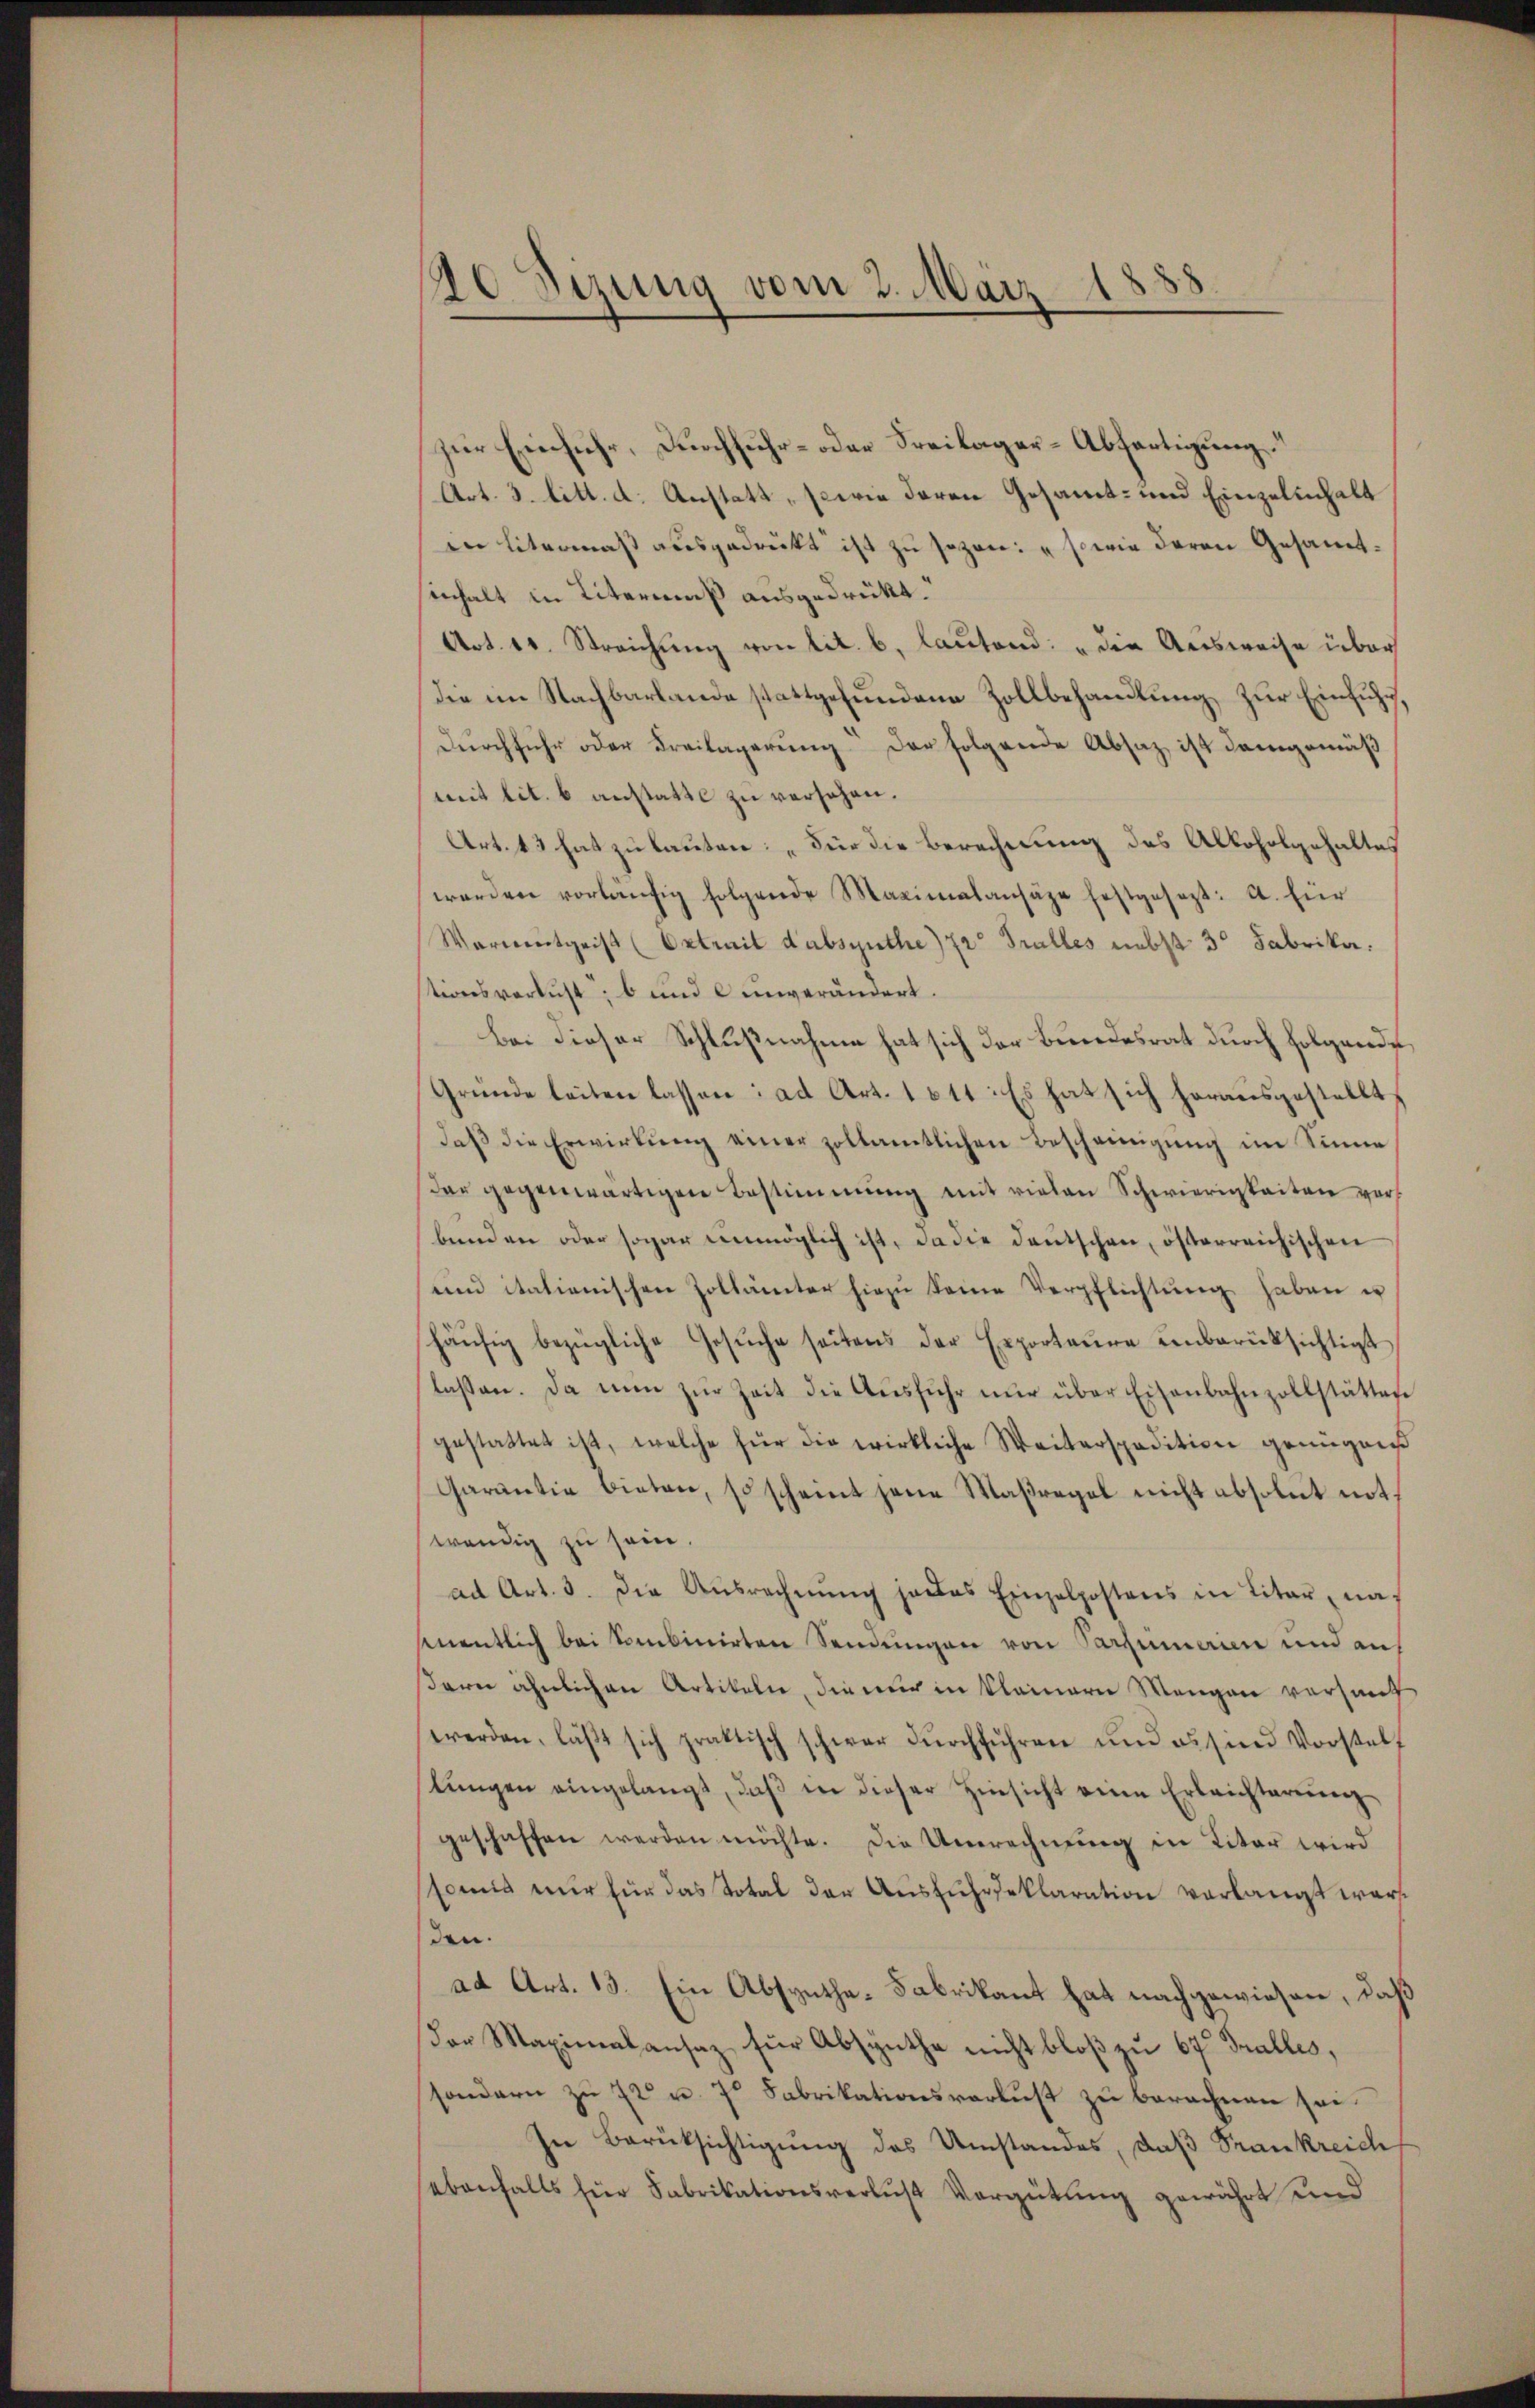
10 Sizung vom 2. März 1888
.

zur Einfuhr, Durchfuhr- oder Freilager-Abfertigung
Art. 3. litt. d. Anstatt, sowie deren Gesammt- und Einzelinhalt
in Litermaß ausgedrückt ist zu sezen: "sowie deren Gesammtsinhalt in Litermaß ausgedrükt.“
Art. 10. Streichung von lit. b, lautend: „die Ausweise über
Die im Nachbarlande stattgefundene Zollbehandlung zur Einfuhr,
Durchfuhr oder Freilagerung der folgende Absatz ist demgemäß
mit lit. 6 anstatte zu versehen.
Art. 13 hat zu lauten: „Für die Berechnung des Alloholgehaltes
werden vorläŭfig folgende Maximalansähe festgesezt: 2. für
Warnentgeist (Extrait dabsynthe) zr. Tralles nebst 3 Fabrika.
stionsverlust; b und unverändert.
bei dieser Schlußnahme hat sich der Bundesrat durch folgende
Gründe leiten lassen: ad Art. 1611: Es hat sich herausgestellt,
daβ die Erwirkŭng einer zollamtlichen Bescheinigung im Sinne
dar gegenwärtigen Bestimmung mit vielen Schwierigkeiten vorbunden oder sogar unmöglich ist, da die deutschen, österreichischen
uind italienischen Zollämter hiezu keine Verpflichtung haben u
häŭfig bezügliche Gesŭche seitens der Exporteŭre einberücksichtigt
lassen. Da nun zŭr Zeit die Aŭsführ nŭr über Eisenbahnzollstättes
gestattet ist, welche für die wirkliche Weiterspadition genügen
Garantie bieten, so scheint jene Maßregel nicht absolut notwendig zu sein.
ad Art. 3. die Aŭsrechnŭng jedes Einzelpostens in Liter, naanentlich bei Sombinirten Sendungen von Parzumerien und auf
sern ähnlichen Artikeln, die nur in kleinern Mengen versauf
werden, läβt sich praktisch schwer dŭrchführen und es sind Vorstelf
lŭngen eingelangt, daβ in dieser Hinsicht eine Erleichterŭng
geschaffen werden möchte. Die Unrechnung in Liter wird
sonis nur für das Total der Ausfuhreklaration verlangt war.
den.
ad Art. 13. Ein Absynthe-Fabrikant hat nachgewiesen, daß
Der Maximalansaz für Absynthe nicht bloß zu 67. Galles,
sondern zu 72 u. 7 Fabrikationsverlust zu berechnen sei.
In Berücksichtigung des Umstandes, daß Frankreich
ebenfalls für Fabrikationsverlust Vergütung gewährt und